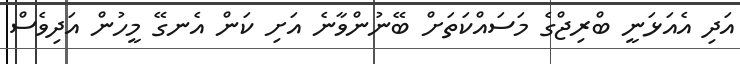
އަދި އެއަޅަނީ ބްރިޖްގެ މަސައްކަތަށް ބޭނުންވާނެ އަށި ކަން އެނގޭ މީހުން އަދިވެސް